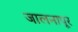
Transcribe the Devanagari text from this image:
जालनापूर